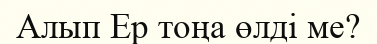
Алып Ер тоңа өлді ме?